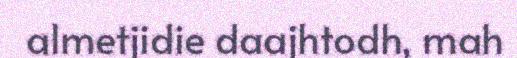
almetjidie daajhtodh, mah